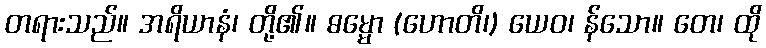
တရားသည်။ အရိယာနံ၊ တို့၏။ ဓမ္မော (ဟောတိ၊) ယေဝ၊ န်သော။ တေ၊ ထို